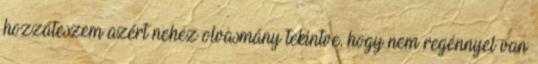
hozzáteszem azért nehéz olvasmány tekintve, hogy nem regénnyel van